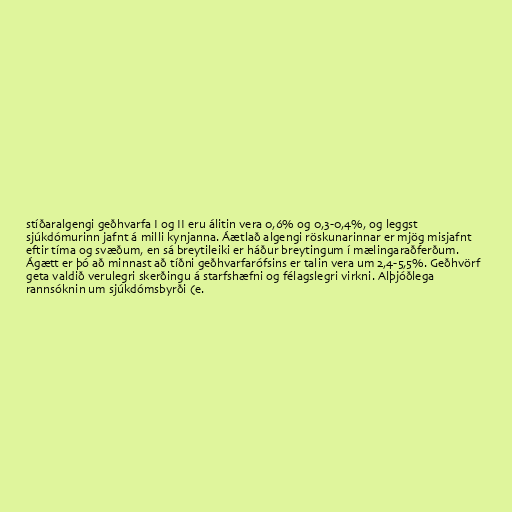
stíðaralgengi geðhvarfa I og II eru álitin vera 0,6% og 0,3-0,4%, og leggst
sjúkdómurinn jafnt á milli kynjanna. Áætlað algengi röskunarinnar er mjög misjafnt
eftir tíma og svæðum, en sá breytileiki er háður breytingum í mælingaraðferðum.
Ágætt er þó að minnast að tíðni geðhvarfarófsins er talin vera um 2,4-5,5%. Geðhvörf
geta valdið verulegri skerðingu á starfshæfni og félagslegri virkni. Alþjóðlega
rannsóknin um sjúkdómsbyrði (e.